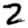
Digit: 2